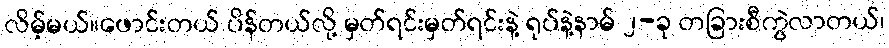
လိမ့်မယ်။ဖောင်းတယ် ပိန်တယ်လို့ မှတ်ရင်းမှတ်ရင်းနဲ့ ရုပ်နဲ့နာမ် ၂-ခု တခြားစီကွဲလာတယ်၊